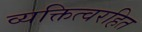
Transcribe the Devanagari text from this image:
व्यक्तित्वरहित